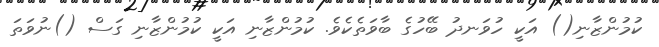
ކުމުންޒާނި() އަކީ ހުވަނދު ބޭހުގެ ބާވަތެކެވެ. ކުމުންޒާނި އަކީ ކުމުންޒާނި ގަސް ()ނުވަތަ